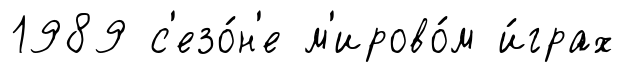
1989 с'езо́н'е м'ирово́м и́грах